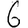
Digit: 6